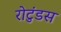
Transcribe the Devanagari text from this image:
रोटुंडस